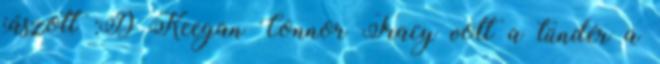
jászott :D Keegan Connor Tracy volt a tündér a